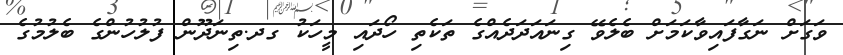
ވަގަށް ނަގާފައިވާކަމަށް ބެލެވޭ ގިނައަދަދެއްގެ ތަކެތި ހޯދައި މީހަކު ގދ.ތިނަދޫން ފުލުހުންގެ ބެލުމުގެ